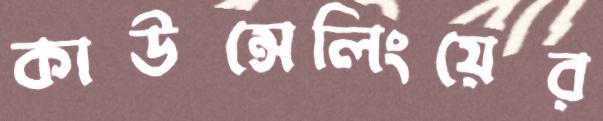
কাউন্সেলিংয়ের